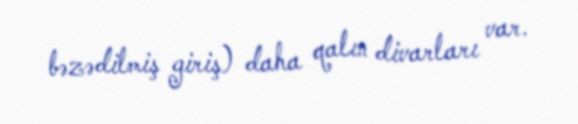
bəzədilmiş giriş) daha qalın divarları var.